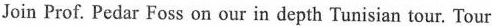
Join Prof. Pedar Foss on our in depth Tunisian tour. Tour